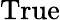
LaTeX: \mathrm{True}